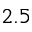
2 . 5